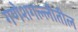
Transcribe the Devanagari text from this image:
गणेशगल्लीतील